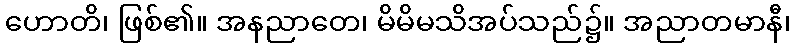
ဟောတိ၊ ဖြစ်၏။ အနညာတေ၊ မိမိမသိအပ်သည်၌။ အညာတမာနီ၊